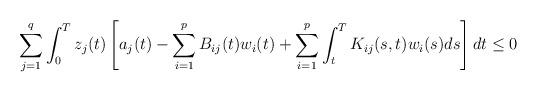
LaTeX: \begin{align*}{}\sum_{j=1}^{q}\int_{0}^{T}z_{j}(t)\left [a_{j}(t)-\sum_{i=1}^{p}B_{ij}(t)w_{i}(t)+\sum_{i=1}^{p}\int_{t}^{T} K_{ij}(s,t)w_{i}(s)ds\right ]dt\leq 0\end{align*}